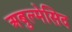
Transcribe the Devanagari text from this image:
अबुल्मेसिद